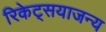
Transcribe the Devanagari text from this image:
रिकेट्सयाजन्य